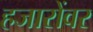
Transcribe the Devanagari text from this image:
हजारोंवर